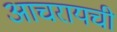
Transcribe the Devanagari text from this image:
आचरायची